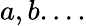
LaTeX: a,b.\ldots